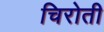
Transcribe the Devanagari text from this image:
चिरोती